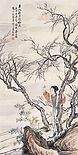
淡黄杨柳暗栖鸦。玉人和月摘梅花。